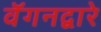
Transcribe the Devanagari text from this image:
वॅगनद्वारे